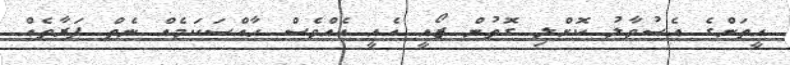
އީތަންގެ އެސުވާލު ކޮށްލި ގޮތުން ޒޯއީ އެއީ އެއްވެސް ހާއްސަކަމެއް ނެތް ފަރާތެއް